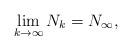
LaTeX: \begin{align*} \begin{aligned} \lim_{k\to\infty} N_k&=N_\infty, \end{aligned} \end{align*}